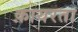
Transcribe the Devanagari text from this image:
क़ायरता